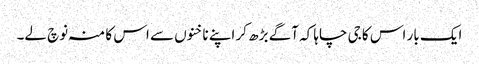
ایک بار اس کا جی چاہا کہ آگے بڑھ کر اپنے ناخنوں سے اس کا منہ نوچ لے۔